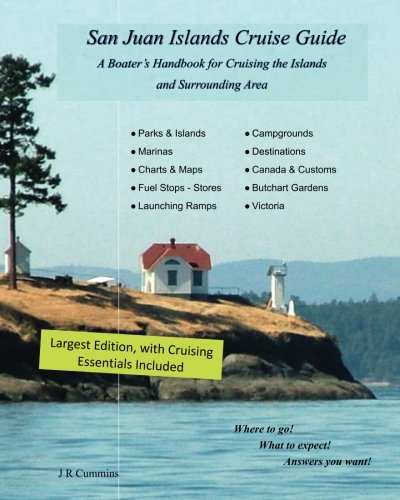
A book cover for San Juan Islands Cruise Guide: A Boaters Handbook for Camping the San Juan's and Surrounding Area  - Expanded Edition (Volume 2); J R Cummins; Travel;